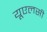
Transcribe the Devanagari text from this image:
यूएलसी